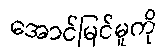
အောင်မြင်မှုကို